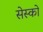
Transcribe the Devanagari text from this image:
सेस्को